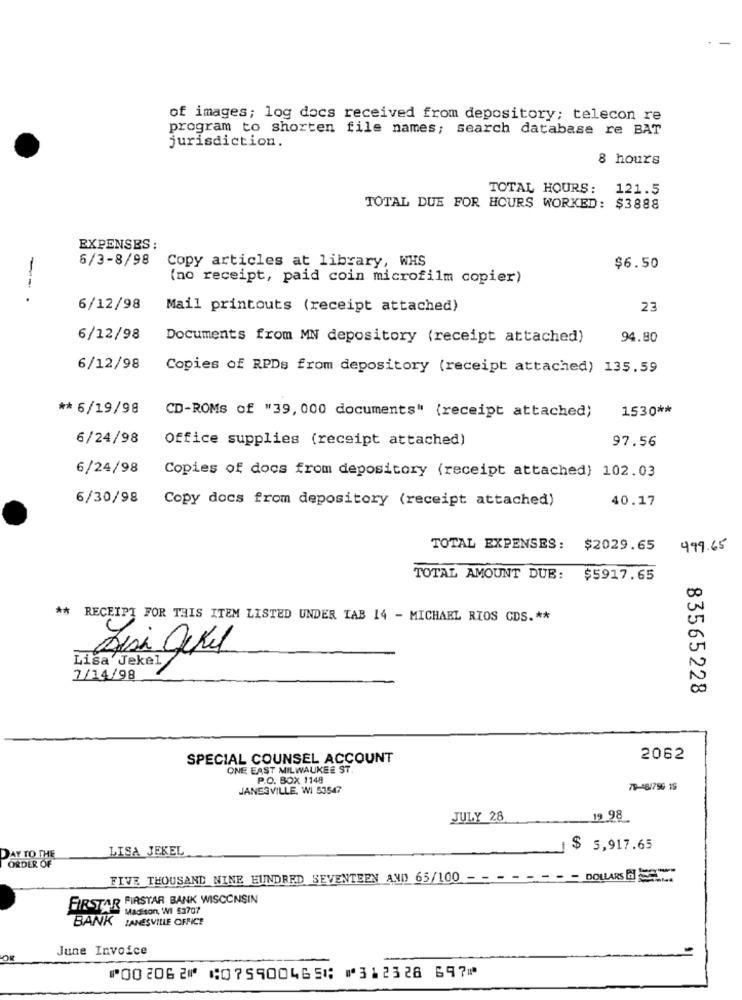
of images; log docs received from depository; telecon re
program to shorten file names; search database re BAT
jurisdiction.
8 hours
TOTAL HOURS: 121.5
TOTAL DUE FOR HOURS WORKED: $3888
EXPENSES:
6/3-8/98
Copy articles at library, WHS
$6.50
--
(no receipt, paid coin microfilm copier)
6/12/98
Mail printouts (receipt attached)
23
6/12/98
Documents from MN depository (receipt attached)
94.80
6/12/98
Copies of RPDs from depository (receipt attached) 135.59
** 6/19/98
1530 **
CD-ROMS of "39, 000 documents" (receipt attached)
6/24/98
Office supplies (receipt attached)
97.56
6/24/98
Copies of docs from depository (receipt attached) 102.03
6/30/98
40.17
Copy docs from depository (receipt attached)
TOTAL EXPENSES: $2029.65
499.65
TOTAL AMOUNT DUB: $5917.65
**
RECEIPT FOR THIS ITEM LISTED UNDER TAB 14 - MICHAEL RIOS CDS .**
Lisa Jekel
Sesi Jekel
7/14/98
83565228
SPECIAL COUNSEL ACCOUNT
2062
ONE EAST MILWAUKEE ST.
P.O. BOX 1148
JANESVILLE, WI 53547
79-48/796 15
JULY 28
19 98
LISA JEKEL
$ 5,917.65
DAY TO THE
ORDER OF
FIVE THOUSAND NINE HUNDRED SEVENTEEN AND 65/100 - - - - - - -- DOLLARS
FIRSTAR FIRSTAR BANK WISCONSIN
Madison, WI 53707
BANK JANESVILLE OFFICE
June Invoice
⑈002062⑈ ⑆075900465⑆ ⑈312328 697⑈